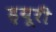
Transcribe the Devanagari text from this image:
ड्रयूरी